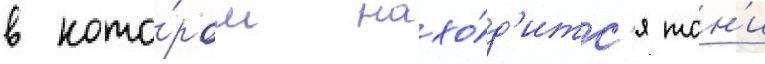
в кото́ром нахо́д'итс'я тон'и